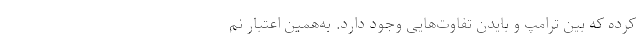
کرده که بین ترامپ و بایدن تفاوت‌هایی وجود دارد. به‌همین اعتبار نم